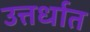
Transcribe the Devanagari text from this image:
उत्तर्धात